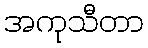
အကုသီတာ